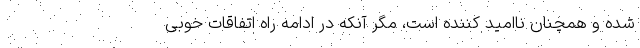
شده و همچنان ناامید کننده است، مگر آنکه در ادامه راه اتفاقات خوبی